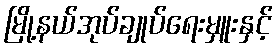
မြို့နယ်အုပ်ချုပ်ရေးမှူးနှင့်